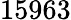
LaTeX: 15963